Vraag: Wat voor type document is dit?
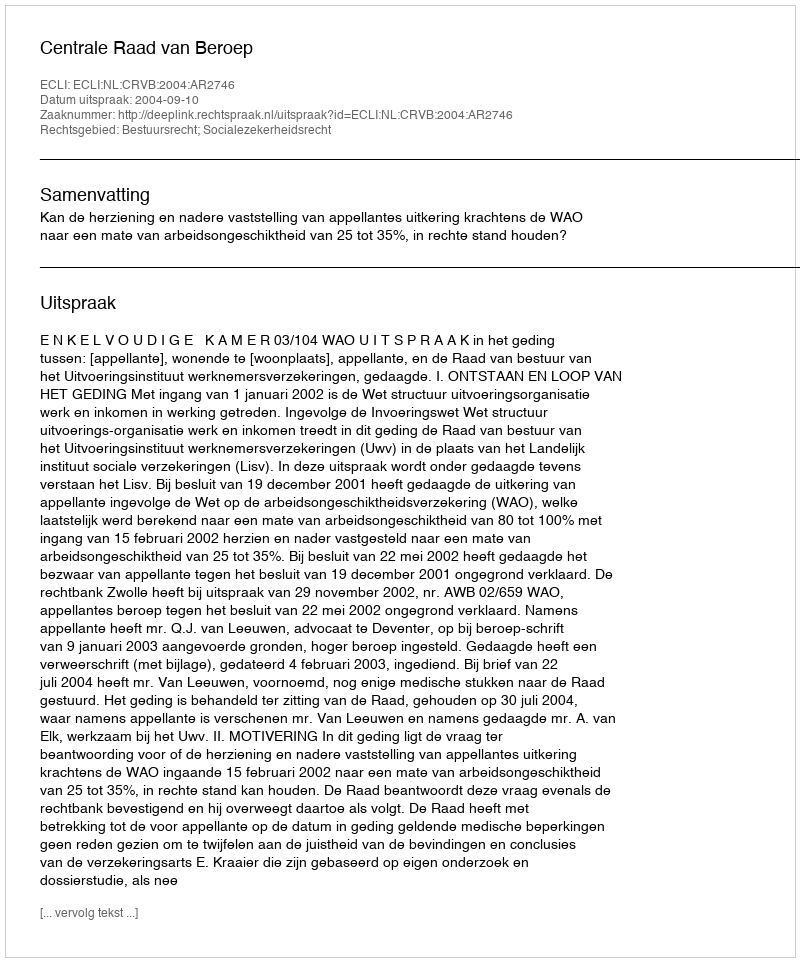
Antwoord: Uitspraak